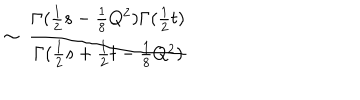
\sim ~ \frac { \Gamma ( \frac { 1 } { 2 } s - \frac { 1 } { 8 } Q ^ { 2 } ) \Gamma ( \frac { 1 } { 2 } t ) } { \Gamma ( \frac { 1 } { 2 } s + \frac { 1 } { 2 } t - \frac { 1 } { 8 } Q ^ { 2 } ) }